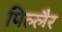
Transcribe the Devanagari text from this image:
पिल्लैर